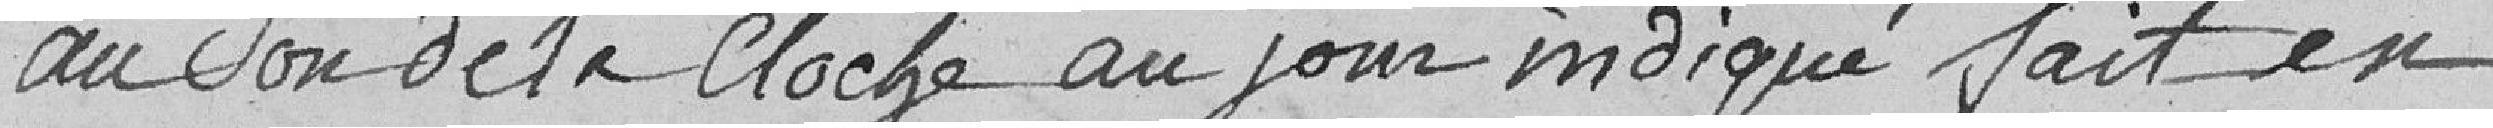
au son de la cloche au jour indiqué fait en